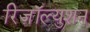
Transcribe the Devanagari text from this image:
रिज़ॉल्युशन